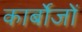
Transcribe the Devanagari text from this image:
कार्बोजों